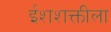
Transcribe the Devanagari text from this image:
ईशशक्तीला